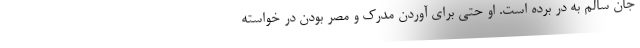
جان سالم به در برده است. او حتی برای آوردن مدرک و مصر بودن در خواسته